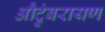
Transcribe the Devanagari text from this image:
औटुंबरायण